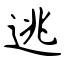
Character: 逃